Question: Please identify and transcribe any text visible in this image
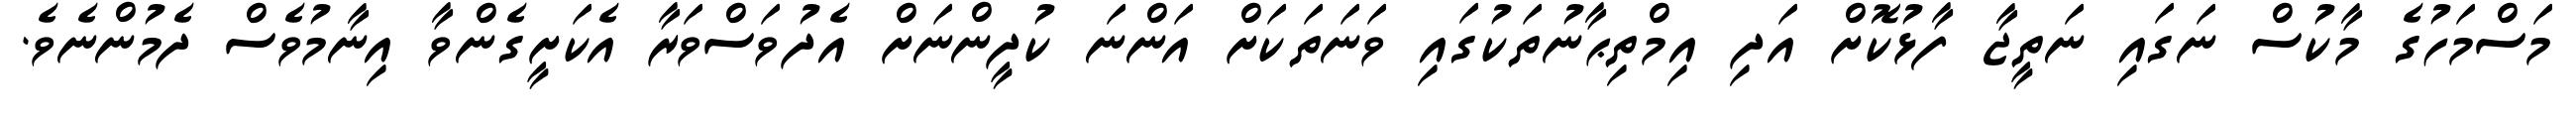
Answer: މަސްމަހުގެ މާކުސް ނަގައި ނަތީޖާ ފާޅުކޮށް އަދި އިމްތިޙާނުތަކުގައި ވަނަތަކަށް އަންނަ ކުދީންނަށް އެދުވަސްވަރާ އެކަށީގެންވާ އިނާމުވެސް ދެމުންނެވެ.